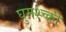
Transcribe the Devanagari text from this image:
घुमश्च्क्री